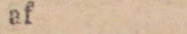
af